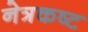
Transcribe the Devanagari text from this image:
नेत्रकष्ट